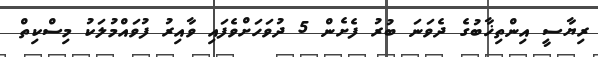
ރިޔާސީ އިންތިޚާބުގެ ދެވަނަ ބުރު ފެށެން 5 ދުވަހަށްވެފައި ވާއިރު ފުވައްމުލަކު މިސްކިތް